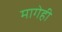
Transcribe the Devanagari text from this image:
मागेही